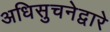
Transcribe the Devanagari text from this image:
अधिसुचनेद्वारे